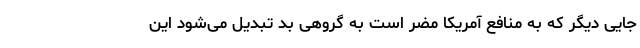
جایی دیگر که به منافع آمریکا مضر است به گروهی بد تبدیل می‌شود این